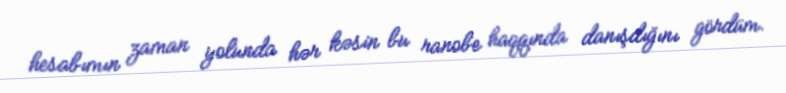
hesabımın zaman yolunda hər kəsin bu ranobe haqqında danışdığını gördüm.